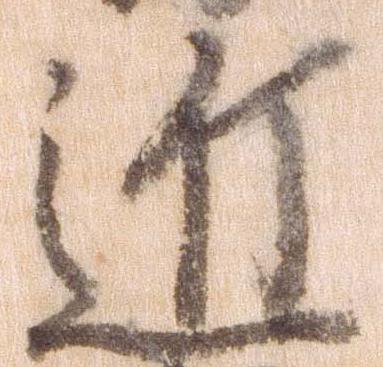
近